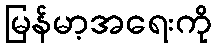
မြန်မာ့အရေးကို